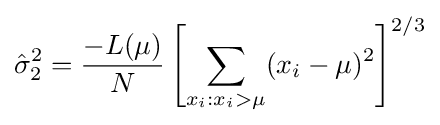
{\hat {\sigma }}_{2}^{2}={\frac {-L(\mu )}{N}}\left[\sum _{x_{i}:x_{i}>\mu }(x_{i}-\mu )^{2}\right]^{2/3}